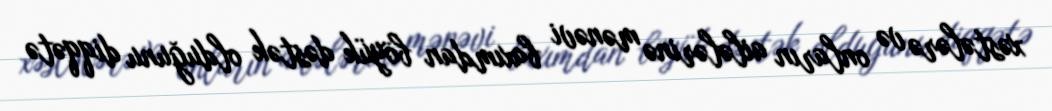
xəstələrə və onların ailələrinə mənəvi baxımdan böyük dəstək olduğunu diqqətə